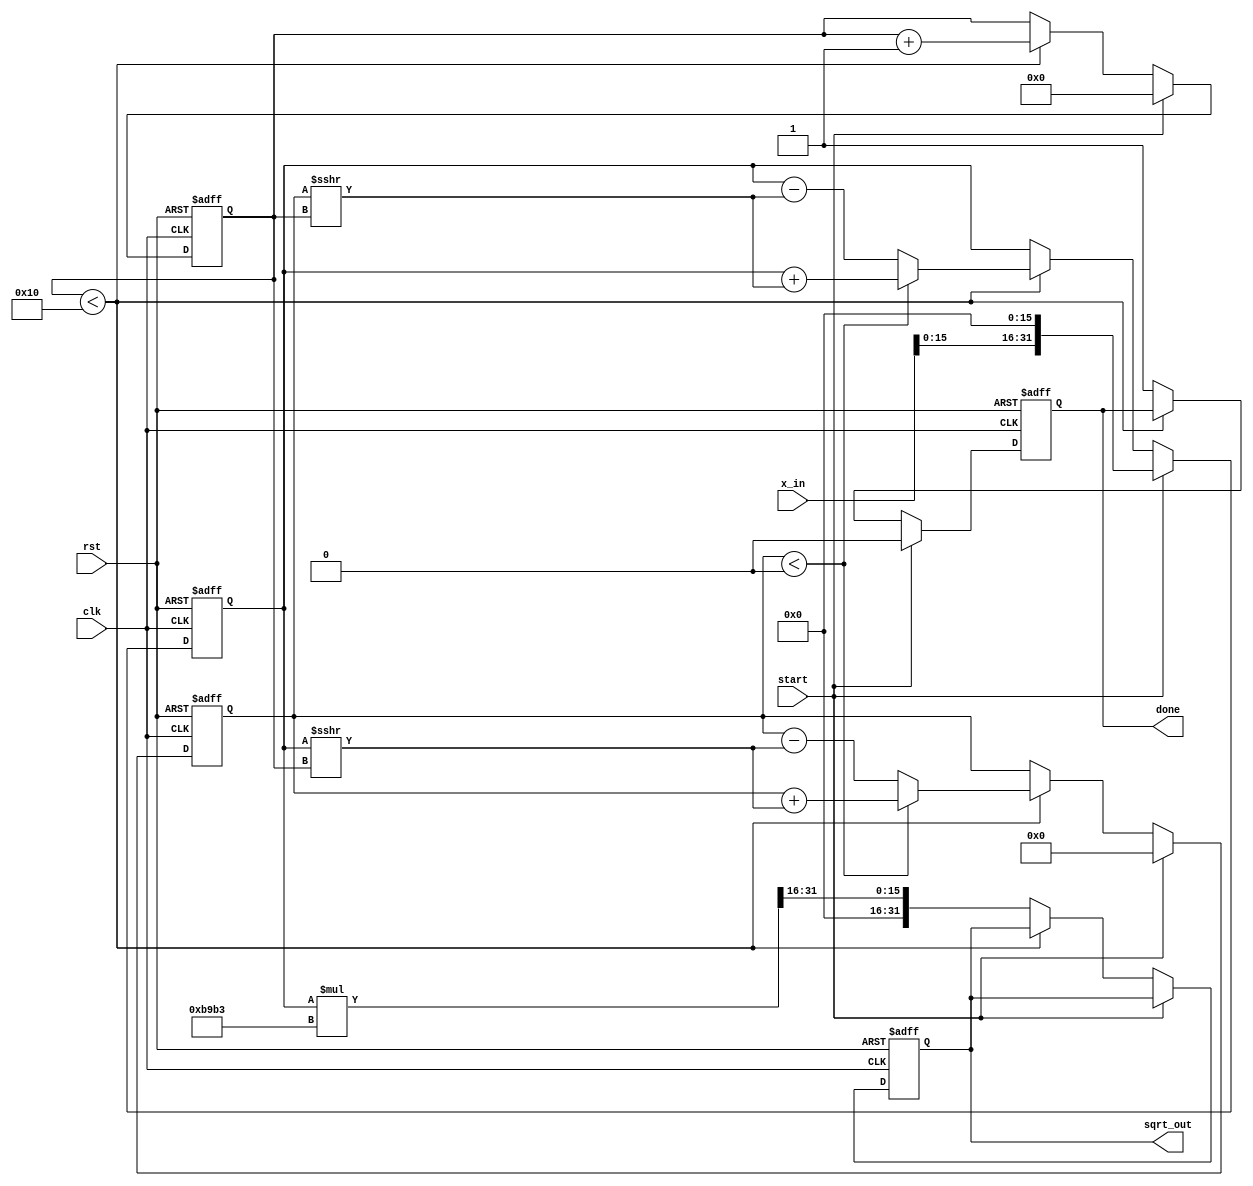
module cordic_sqrt(
    input wire clk,
    input wire rst,
    input wire start,
    input wire [31:0] x_in, // Input value for which square root is to be calculated
    output reg [31:0] sqrt_out, // Output square root value
    output reg done // Done signal
);

    parameter MAX_ITER = 16; // Number of iterations
    parameter K = 32'hB9B3; // Gain factor for CORDIC (approx. 0.607)
    reg [31:0] x; // x value
    reg [31:0] y; // y value
    reg [31:0] z; // Angle accumulator
    reg [4:0] iter; // Iteration counter
    reg [31:0] arctan_table [0:15]; // Lookup table for arctangent values

    // Initialize arctan values (in fixed point format)
    initial begin
        arctan_table[0] = 32'h20000000; // atan(1) = 0.785398 (in fixed-point)
        arctan_table[1] = 32'h12D00000; // atan(0.5) = 0.463648
        arctan_table[2] = 32'h09FB0000; // atan(0.25) = 0.244978
        arctan_table[3] = 32'h051A0000; // atan(0.125) = 0.124388
        arctan_table[4] = 32'h028B0000; // atan(0.0625) = 0.062418
        arctan_table[5] = 32'h0145B000; // atan(0.03125) = 0.031239
        arctan_table[6] = 32'h00A2D000; // atan(0.015625) = 0.015625
        arctan_table[7] = 32'h00514F000; // atan(0.0078125) = 0.007812
        arctan_table[8] = 32'h0028A000; // atan(0.00390625) = 0.003906
        arctan_table[9] = 32'h001454000; // atan(0.001953125) = 0.001953
        arctan_table[10] = 32'h000A8000; // atan(0.0009765625) = 0.000976
        arctan_table[11] = 32'h00054000; // atan(0.00048828125) = 0.000488
        arctan_table[12] = 32'h0002A000; // atan(0.000244140625) = 0.000244
        arctan_table[13] = 32'h00015000; // atan(0.0001220703125) = 0.000122
        arctan_table[14] = 32'h0000A000; // atan(0.00006103515625) = 0.000061
        arctan_table[15] = 32'h00005000; // atan(0.000030517578125) = 0.000030
    end

    // State machine for CORDIC operation
    always @(posedge clk or posedge rst) begin
        if (rst) begin
            sqrt_out <= 32'b0;
            done <= 1'b0;
            iter <= 0;
            x <= 32'b0;
            y <= 32'b0;
            z <= 32'b0;
        end else if (start) begin
            // Initialize x and y for CORDIC
            x <= x_in << 16; // Scale input to fixed point
            y <= 32'b0; // y starts at 0
            z <= 32'b0; // Angle accumulator starts at 0
            iter <= 0;
            done <= 1'b0;
        end else if (iter < MAX_ITER) begin
            // CORDIC Iteration
            if (y < 0) begin
                // Rotate
                x <= x + (y >>> iter);
                y <= y + (x >>> iter);
                z <= z - arctan_table[iter];
            end else begin
                // Rotate
                x <= x - (y >>> iter);
                y <= y - (x >>> iter);
                z <= z + arctan_table[iter];
            end
            iter <= iter + 1;
        end else begin
            // Final output calculation
            sqrt_out <= (x * K) >> 16; // Scale by gain factor
            done <= 1'b1; // Indicate completion
        end
    end

endmodule